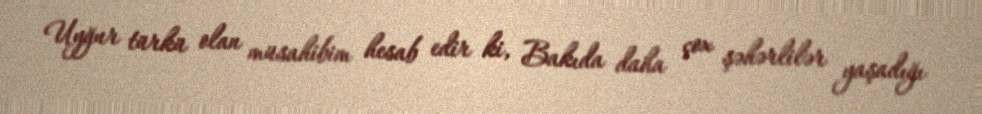
Uyğur türkü olan müsahibim hesab edir ki, Bakıda daha çox şəhərlilər yaşadığı